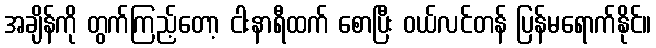
အချိန်ကို တွက်ကြည့်တော့ ငါးနာရီထက် စောပြီး ဝယ်လင်တန် ပြန်မရောက်နိုင်။